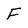
Character: F